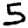
Digit: 5